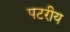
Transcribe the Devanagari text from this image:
पटरीय